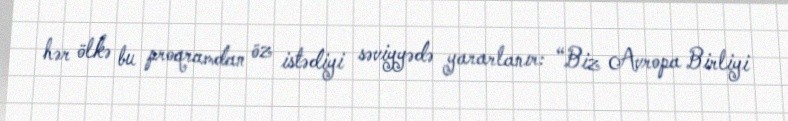
hər ölkə bu proqramdan öz istədiyi səviyyədə yararlanır: “Biz Avropa Birliyi